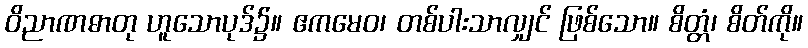
ဝိညာဏဓာတု ဟူသောပုဒ်၌။ ဧကမေဝ၊ တစ်ပါးသာလျှင် ဖြစ်သော။ စိတ္တံ၊ စိတ်ကို။